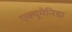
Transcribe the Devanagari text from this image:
एक्यूमेनिडा